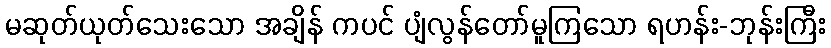
မဆုတ်ယုတ်သေးသော အချိန် ကပင် ပျံလွန်တော်မူကြသော ရဟန်း-ဘုန်းကြီး